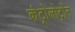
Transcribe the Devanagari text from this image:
कंट्रोलोट्रोंन